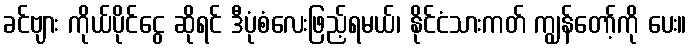
ခင်ဗျား ကိုယ်ပိုင်ငွေ ဆိုရင် ဒီပုံစံလေးဖြည့်ရမယ်၊ နိုင်ငံသားကတ် ကျွန်တော့်ကို ပေး။